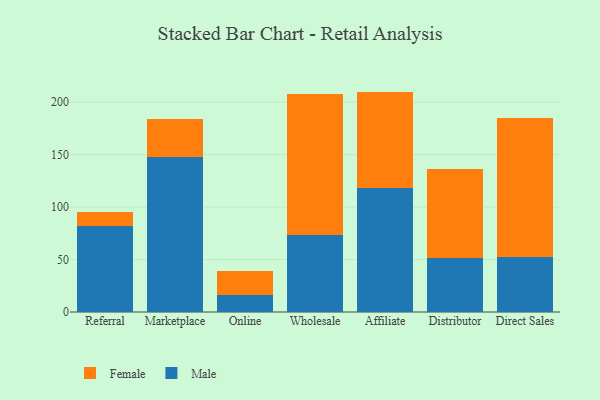
{"axis": {"x": "Channel", "y": "Gross Profit (USD K)"}, "legend": ["Female", "Male"], "data": [{"x": "Referral", "y": 81.7, "type": "Male"}, {"x": "Referral", "y": 13.4, "type": "Female"}, {"x": "Marketplace", "y": 147.4, "type": "Male"}, {"x": "Marketplace", "y": 36.2, "type": "Female"}, {"x": "Online", "y": 15.8, "type": "Male"}, {"x": "Online", "y": 23.1, "type": "Female"}, {"x": "Wholesale", "y": 73.4, "type": "Male"}, {"x": "Wholesale", "y": 134.7, "type": "Female"}, {"x": "Affiliate", "y": 118.1, "type": "Male"}, {"x": "Affiliate", "y": 92.0, "type": "Female"}, {"x": "Distributor", "y": 51.5, "type": "Male"}, {"x": "Distributor", "y": 84.8, "type": "Female"}, {"x": "Direct Sales", "y": 52.3, "type": "Male"}, {"x": "Direct Sales", "y": 132.4, "type": "Female"}]}